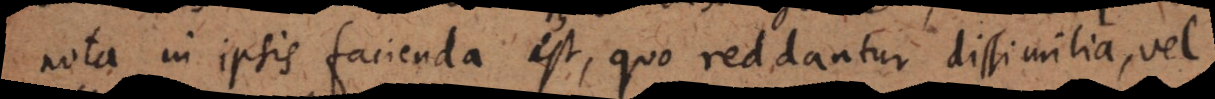
nota in ipsis facienda est, quo reddantur dissimilia, vel